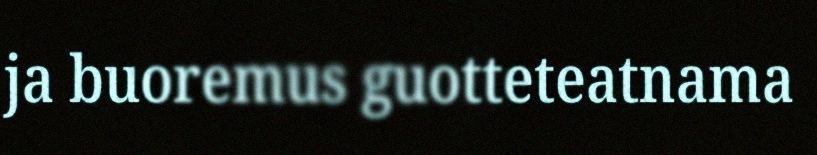
ja buoremus guotteteatnama